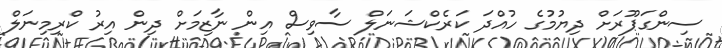
ސިންގަޕޫރަށް ދިޔުމުގެ ހުއްދަ ކަރެކްޝަނަލް ސާވިސް އިން ނާޒިމަށް ދިން އިރު ކްރިމިނަލް